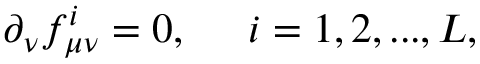
\partial _ { \nu } f _ { \mu \nu } ^ { i } = 0 , \; \; \; \; \; i = 1 , 2 , . . . , L ,